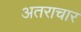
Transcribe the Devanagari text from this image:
अतराचार